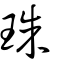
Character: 珠